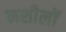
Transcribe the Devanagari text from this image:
नशीलों